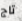
تاج